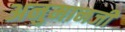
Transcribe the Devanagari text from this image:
अनुमानजी